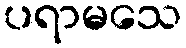
ပရာမသေ